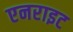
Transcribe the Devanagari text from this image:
एनराइट